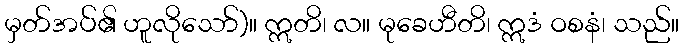
မှတ်အပ်၏ ဟူလိုသော်)။ ဣတိ၊ လ။ မုခေဟီတိ၊ ဣဒံ ဝစနံ၊ သည်။